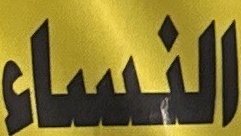
النساء